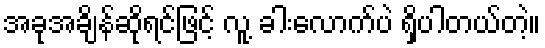
အခုအချိန်ဆိုရင်ဖြင့် လူ့ ခါးလောက်ပဲ ရှိပါတယ်တဲ့။